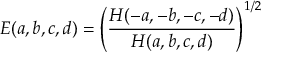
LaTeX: E ( a , b , c , d ) = \left( \frac { H ( - a , - b , - c , - d ) } { H ( a , b , c , d ) } \right) ^ { 1 / 2 }